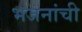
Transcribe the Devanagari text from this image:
भजनांची